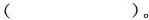
（ ）。